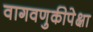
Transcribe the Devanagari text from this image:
वागवणुकीपेक्षा